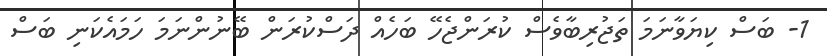
1- ބަސް ކިޔަވާނަމަ ތަޖުރިބާވެސް ކުރަންޖެހޭ ބަހެއް ދަސްކުރަން ބޭނުންނަމަ ހަމައެކަނި ބަސް